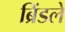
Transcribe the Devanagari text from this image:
ब्रिंडले